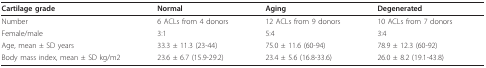
<table><thead><tr><td><b>Cartilage grade</b></td><td><b>Normal</b></td><td><b>Aging</b></td><td><b>Degenerated</b></td></tr></thead><tbody><tr><td>Number</td><td>6 ACLs from 4 donors</td><td>12 ACLs from 9 donors</td><td>10 ACLs from 7 donors</td></tr><tr><td>Female/male</td><td>3:1</td><td>5:4</td><td>3:4</td></tr><tr><td>Age, mean ± SD years</td><td>33.3 ± 11.3 (23-44)</td><td>75.0 ± 11.6 (60-94)</td><td>78.9 ± 12.3 (60-92)</td></tr><tr><td>Body mass index, mean ± SD kg/m2</td><td>23.6 ± 6.7 (15.9-29.2)</td><td>23.4 ± 5.6 (16.8-33.6)</td><td>26.0 ± 8.2 (19.1-43.8)</td></tr></tbody></table>